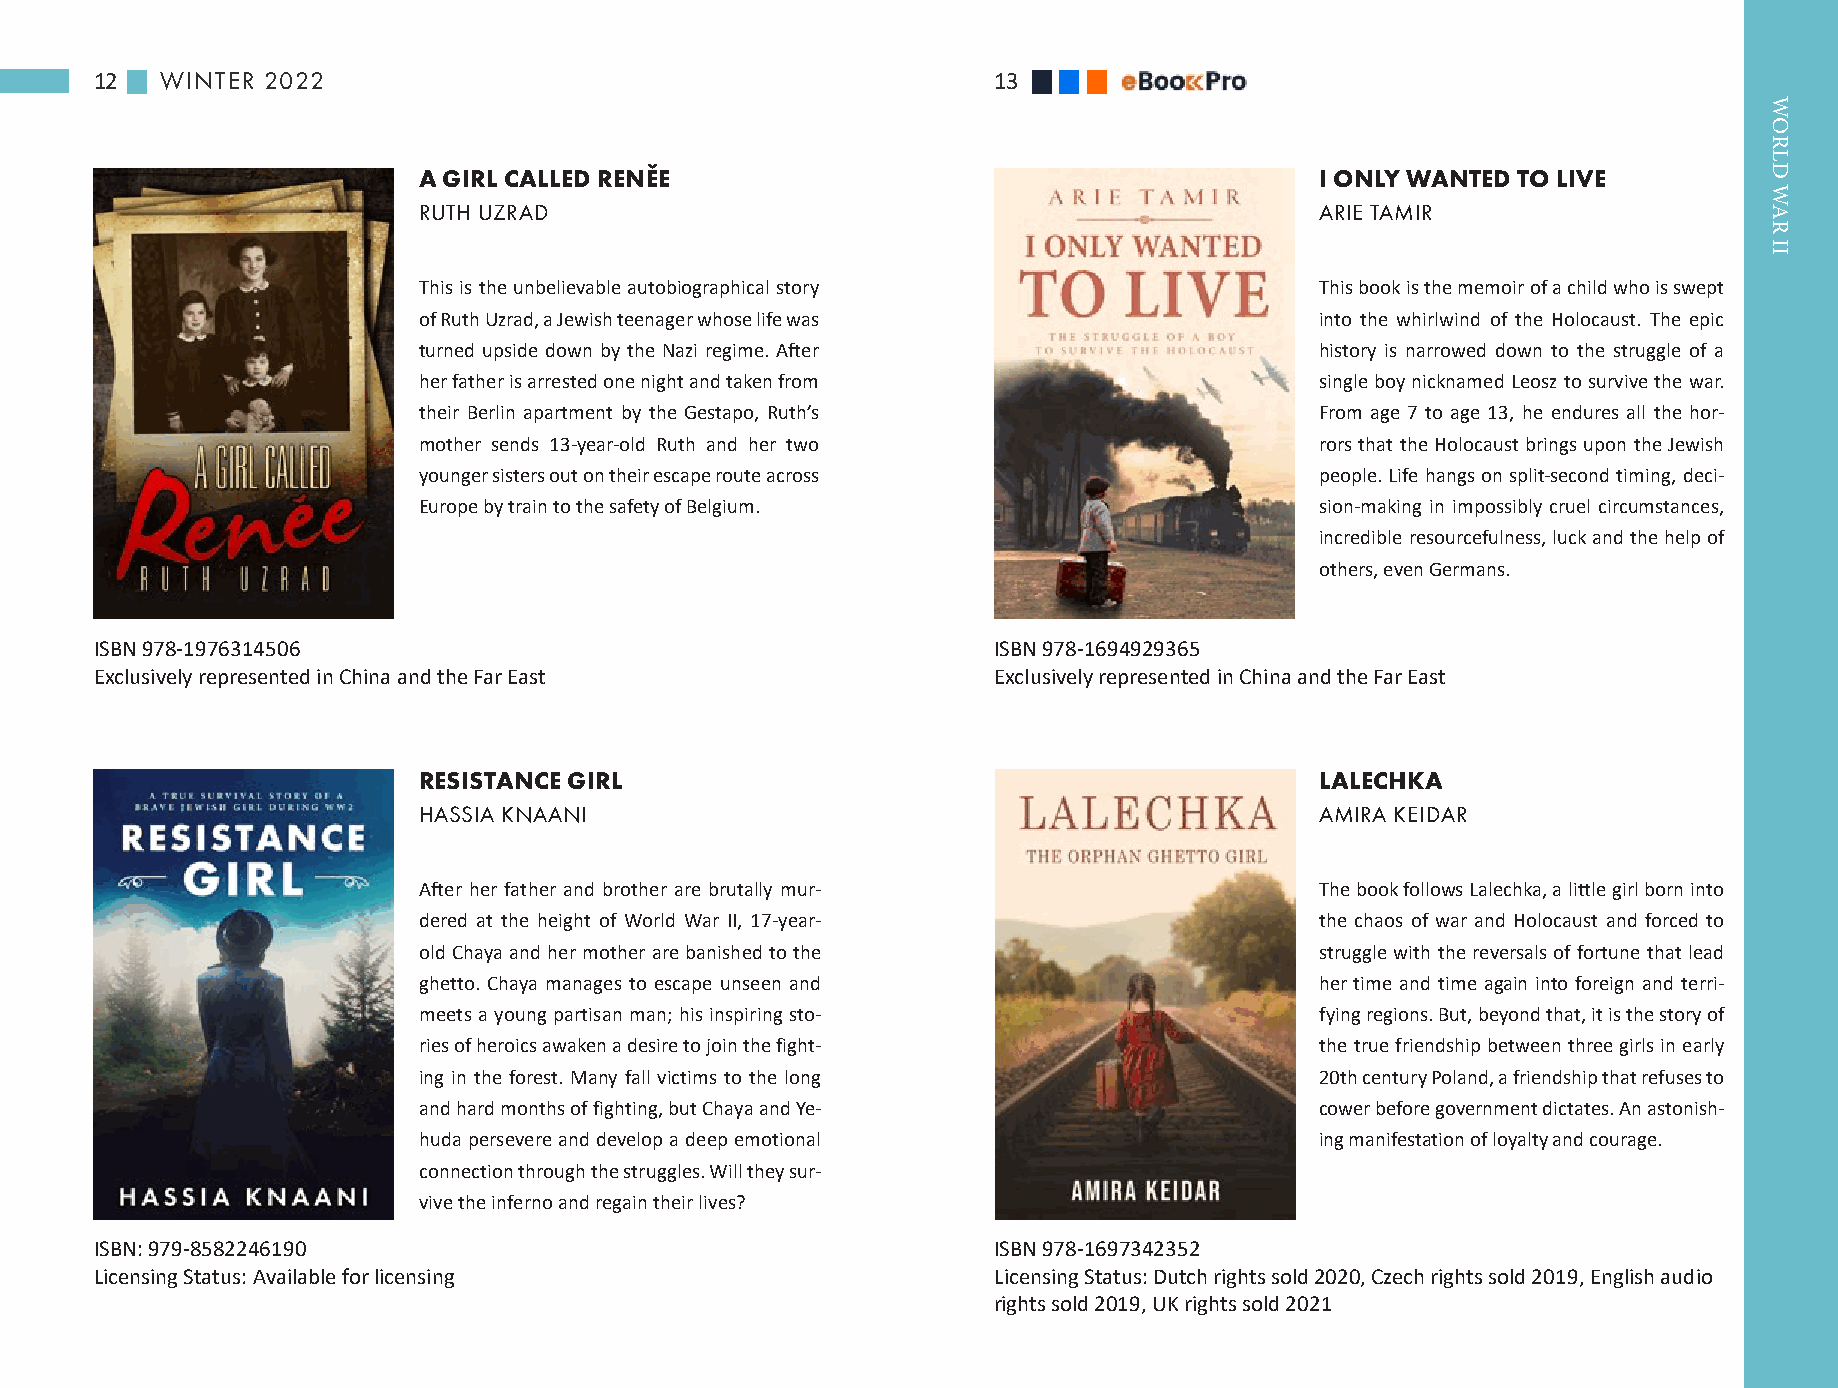
12   WINTER 2022                                            13
 A GIRL CALLED RENĚE                                        I ONLY WANTED TO LIVE
 RUTH UZRAD                                                 ARIE TAMIR
 This is the unbelievable autobiographical story            This book is the memoir of a child who is swept
 of Ruth Uzrad, a Jewish teenager whose life was            into the whirlwind of the Holocaust. The epic
 turned upside down by the Nazi regime. After               history is narrowed down to the struggle of a
 her father is arrested one night and taken from            single boy nicknamed Leosz to survive the war.
 their Berlin apartment by the Gestapo, Ruth’s              From age 7 to age 13, he endures all the hor-
 mother sends 13-year-old Ruth and her two                  rors that the Holocaust brings upon the Jewish
 younger sisters out on their escape route across           people. Life hangs on split-second timing, deci-
 Europe by train to the safety of Belgium.                  sion-making in impossibly cruel circumstances,
 incredible resourcefulness, luck and the help of
 others, even Germans.
 ISBN 978-1976314506                                         ISBN 978-1694929365
 Exclusively represented in China and the Far East           Exclusively represented in China and the Far East
 RESISTANCE GIRL                                            LALECHKA
 HASSIA KNAANI                                              AMIRA KEIDAR
 After her father and brother are brutally mur-             The book follows Lalechka, a little girl born into
 dered at the height of World War II, 17-year-              the chaos of war and Holocaust and forced to
 old Chaya and her mother are banished to the               struggle with the reversals of fortune that lead
 ghetto. Chaya manages to escape unseen and                 her time and time again into foreign and terri-
 meets a young partisan man; his inspiring sto-             fying regions. But, beyond that, it is the story of
 ries of heroics awaken a desire to join the fight-         the true friendship between three girls in early
 ing in the forest. Many fall victims to the long           20th century Poland, a friendship that refuses to
 and hard months of fighting, but Chaya and Ye-             cower before government dictates. An astonish-
 huda persevere and develop a deep emotional                ing manifestation of loyalty and courage.
 connection through the struggles. Will they sur-
 vive the inferno and regain their lives?
 ISBN: 979-8582246190                                        ISBN 978-1697342352
 Licensing Status: Available for licensing                   Licensing Status: Dutch rights sold 2020, Czech rights sold 2019, English audio
 rights sold 2019, UK rights sold 2021
 WORLD
 WAR
 II